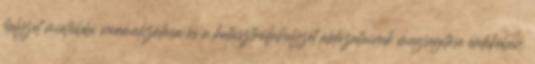
helyzet mielőbbi normalizálása és a katasztrófahelyzet áldozatainak megsegítése érdekében.